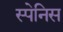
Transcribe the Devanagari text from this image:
स्पेनिस